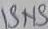
Text: ISNS